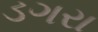
ડગરા